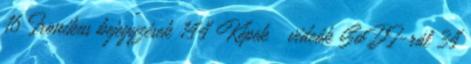
16 Ironikus bejegyzések 144 Képek videók SoDI-ról 34